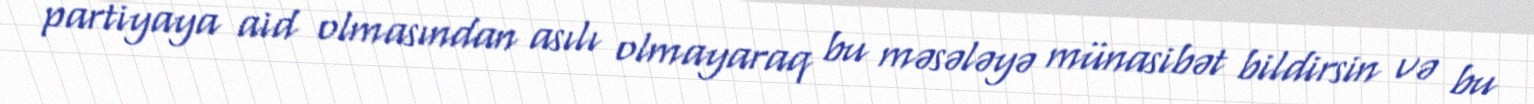
partiyaya aid olmasından asılı olmayaraq bu məsələyə münasibət bildirsin və bu